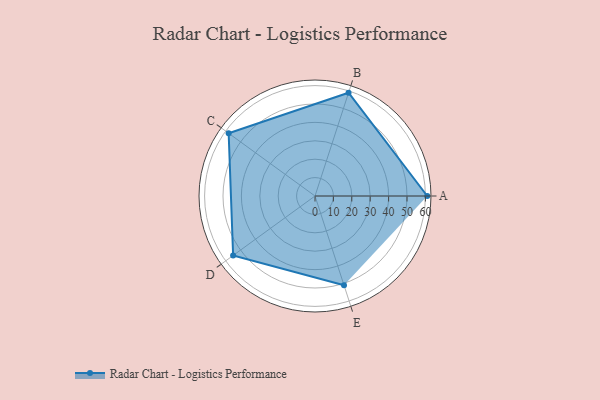
{"axis": {"x": "Skill", "y": "Score"}, "legend": ["Profile"], "data": [{"x": "A", "y": 61.0, "type": "Profile"}, {"x": "B", "y": 59.0, "type": "Profile"}, {"x": "C", "y": 58.0, "type": "Profile"}, {"x": "D", "y": 55.0, "type": "Profile"}, {"x": "E", "y": 51.0, "type": "Profile"}]}